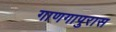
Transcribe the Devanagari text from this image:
गाणगापुरास